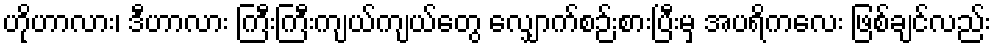
ဟိုဟာလား၊ ဒီဟာလား ကြီးကြီးကျယ်ကျယ်တွေ လျှောက်စဉ်းစားပြီးမှ အပရိကလေး ဖြစ်ချင်လည်း